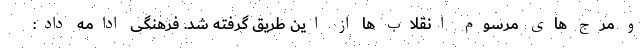
و مرج های مرسوم انقلاب ها از این طریق گرفته شد. فرهنگی ادامه داد: